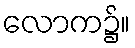
လောက၌။